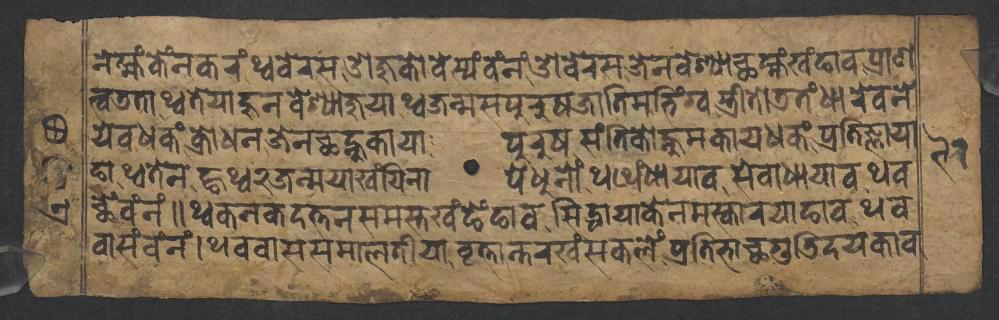
𑐣𑐾𑐩𑑂𑐴𑑄𑐎𑐾𑑄𑐣𑐎𑐬𑑄𑐠𑑂𑐰𑐧𑐾𑐬𑐳𑐌𑐖𑐸𑐎𑑀𑐧𑐾𑐳𑑂𑐫𑑄𑐰𑑄𑐣𑑄𑐌𑐧𑐾𑐬𑐳𑐖𑐾𑐣𑐰𑐾𑐱𑑂𑐫𑐵𑐕𑐩𑑂𑐴𑑄𑐏𑑄𑐒𑐵𑐰𑐥𑑂𑐬𑐵𑐞 𑐟𑑂𑐰𑐜𑐟𑐵𑐠𑑂𑐰𑐟𑐾𑐫𑐵𑐴𑐸𑐣𑐰𑐾𑐱𑑂𑐫𑐵𑐖𑐸𑐫𑐵𑐠𑑂𑐰𑐖𑐣𑑂𑐩𑐳𑐥𑐸𑐬𑐸𑐲𑐖𑐵𑐟𑐶𑐩𑑂𑐨𑐶𑑄𑐐𑑂𑐰𑐳𑑂𑐟𑑂𑐬𑐷𑐟𑑀𑐜𑐟𑑄𑐢𑐵𑐬𑐾𑐰𑐣𑐾 𑐫𑐾𑐰𑐢𑐎𑑄𑐎𑑂𑐬𑑀𑐢𑐣𑐖𑐾𑐣𑐕𑐣𑑂𑐴𑐸𑐎𑐵𑐫𑐵𑐥𑐸𑐬𑐸𑐲𑐳𑑄𑐟𑐶𑐎𑑀𑐣𑑂𑐴𑐸𑐩𑐎𑐵𑐫𑐢𑐎𑑄𑐥𑑂𑐬𑐟𑐶𑐖𑑂𑐘𑐵𑐫𑐵 𑐒𑐵𑐠𑑂𑐰𑐟𑐾𑐣𑐒𑑂𑐴𑐠𑑂𑐰𑑒𑐖𑐣𑑂𑐩𑐫𑐵𑐏𑑄𑐫𑐶𑐣𑐵𑐥𑐾𑐢𑐸𑐣𑑀𑑄𑐠𑐠𑐾𑑄𑐢𑐵𑐫𑐵𑐰𑐳𑐾𑐰𑐵𑐢𑐵𑐫𑐵𑐰𑐠𑐰 𑐕𑐾𑑄𑐰𑑄𑐣𑑄𑑌𑐠𑑂𑐰𑐎𑐣𑐎𑐡𑐟𑑂𑐟𑐣𑐳𑐩𑐳𑑂𑐟𑐏𑑄𑐒𑐾𑑄𑐒𑐵𑐰𑐳𑐶𑐡𑑂𑐢𑐵𑐫𑐵𑐎𑐾𑐣𑐩𑐳𑑂𑐎𑐵𑐬𑐫𑐵𑐒𑐵𑐰𑐠𑐰 𑐰𑐵𑐳𑑄𑐰𑑄𑐣𑑄𑑋𑐠𑐰𑐰𑐵𑐳𑐳𑐩𑐵𑐮𑐟𑐷𑐫𑐵𑐰𑐺𑐟𑑂𑐟𑐵𑐣𑑂𑐟𑐬𑐏𑑄𑐳𑐎𑐮𑐾𑑄𑐥𑑂𑐬𑐟𑐶𑐨𑐵𑐕𑐐𑐸𑐜𑐶𑐡𑐫𑐎𑐵𑐰